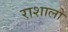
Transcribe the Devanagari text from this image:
राशालो